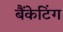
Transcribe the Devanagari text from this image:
बैंकेटिंग